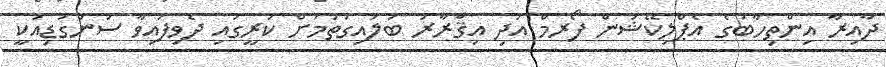
ދާއިރާ އިންތިހާބުގެ އެޕްލިކޭޝަން ފޯރމް އަދި އިޤްރާރު ބަލައިގަތުމަށް ކުރީގައި ދެވިފައިވާ ސުންގަޑިއަކީ